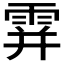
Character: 𩂦